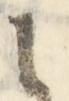
に